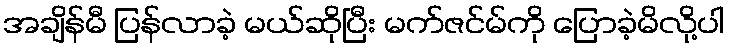
အချိန်မီ ပြန်လာခဲ့ မယ်ဆိုပြီး မက်ဇင်မ်ကို ပြောခဲ့မိလို့ပါ